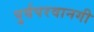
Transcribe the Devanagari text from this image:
पुर्वपरवानगी